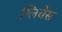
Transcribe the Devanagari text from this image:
ग्लिचेस